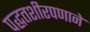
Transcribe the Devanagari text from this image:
पद्धतशीरपणाने